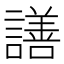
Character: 𧬆